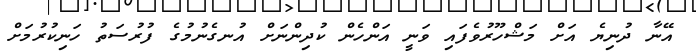
އޭނާ ދުނިޔެ އަށް މަޝްހޫރުވެފައި ވަނީ އަންހެން ކުދިންނަށް އުނގެނުމުގެ ފުރުސަތު ހަނިކުރުމަށް